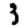
Digit: 3